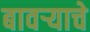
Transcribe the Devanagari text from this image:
बावऱ्याचे